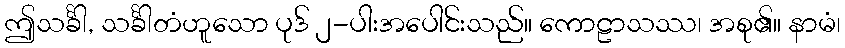
ဤသင်္ခါ, သင်္ခါတံဟူသော ပုဒ် ၂-ပါးအပေါင်းသည်။ ကောဠာသဿ၊ အစု၏။ နာမံ၊